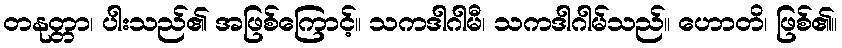
တနုတ္တာ၊ ပါးသည်၏ အဖြစ်ကြောင့်။ သကဒါဂါမီ၊ သကဒါဂါမ်သည်။ ဟောတိ၊ ဖြစ်၏။